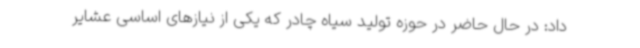
داد: در حال حاضر در حوزه تولید سیاه چادر که یکی از نیازهای اساسی عشایر